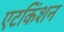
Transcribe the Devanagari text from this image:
एटकिंशन